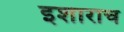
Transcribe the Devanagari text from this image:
इशाराच